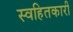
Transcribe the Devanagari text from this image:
स्वहितकारी